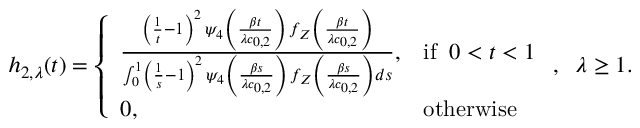
h _ { 2 , \lambda } ( t ) = \left\{ \begin{array} { l l } { \frac { \left( \frac { 1 } { t } - 1 \right) ^ { 2 } \, \psi _ { 4 } \left( \frac { \beta t } { \lambda c _ { 0 , 2 } } \right) \, f _ { Z } \left( \frac { \beta t } { \lambda c _ { 0 , 2 } } \right) } { \int _ { 0 } ^ { 1 } \left( \frac { 1 } { s } - 1 \right) ^ { 2 } \, \psi _ { 4 } \left( \frac { \beta s } { \lambda c _ { 0 , 2 } } \right) \, f _ { Z } \left( \frac { \beta s } { \lambda c _ { 0 , 2 } } \right) d s } , } & { \mathrm { i f } \; \; 0 < t < 1 } \\ { 0 , } & { \mathrm { o t h e r w i s e } } \end{array} \right. , \; \; \lambda \geq 1 .